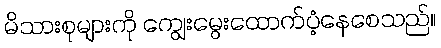
မိသားစုများကို ကျွေးမွေးထောက်ပံ့နေစေသည်။